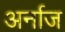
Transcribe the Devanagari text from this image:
अर्नाज